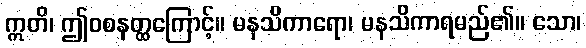
ဣတိ၊ ဤဝစနတ္ထကြောင့်။ မနသိကာရော၊ မနသိကာရမည်၏။ သော၊